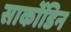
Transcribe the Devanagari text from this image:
सार्कोडिन